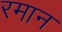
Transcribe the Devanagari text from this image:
रमान